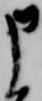
申